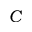
C